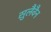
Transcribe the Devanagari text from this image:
सुलैवैन